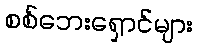
စစ်ဘေးရှောင်များ